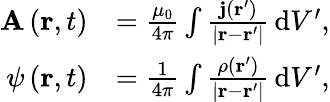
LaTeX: {\begin{array}{rl}{\mathbf{A}\left(\mathbf{r},t\right)}&{={\frac{\mu_{0}}{4\pi}}\int{\frac{\mathbf{j}\left(\mathbf{r}^{\prime}\right)}{\left|\mathbf{r}-\mathbf{r}^{\prime}\right|}}\, \mathrm{d}V^{\prime},}\\ {\psi\left(\mathbf{r},t\right)}&{={\frac{1}{4\pi}}\int{\frac{\rho\left(\mathbf{r}^{\prime}\right)}{\left|\mathbf{r}-\mathbf{r}^{\prime}\right|}}\, \mathrm{d}V^{\prime},}\end{array}}